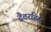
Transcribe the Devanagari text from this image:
द्वैतरहित